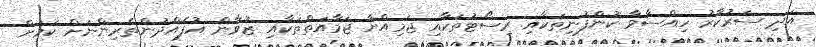
އަދި ސަރުކާރު ހިއްސާވާ ކުންފުނިތަކާއި ރިސޯޓުތަކާއި ޖަމިއްޔާ ޖަމާއަތްތަކާއި ޒުވާން އުފެއްދުންތެރިންނަށް ކަމަށް